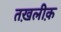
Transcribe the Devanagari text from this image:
तख़लीक़